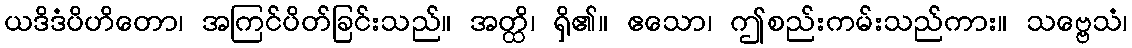
ယဒိဒံပိဟိတော၊ အကြင်ပိတ်ခြင်းသည်။ အတ္ထိ၊ ရှိ၏။ ဧသော၊ ဤစည်းကမ်းသည်ကား။ သဗ္ဗေသံ၊